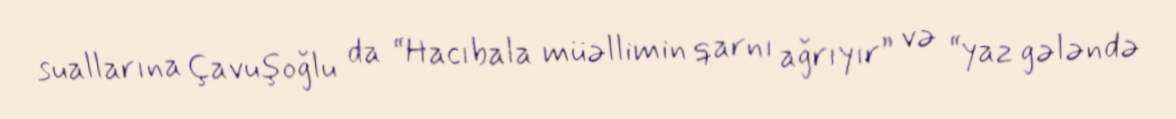
suallarına Çavuşoğlu da “Hacıbala müəllimin qarnı ağrıyır” və “yaz gələndə